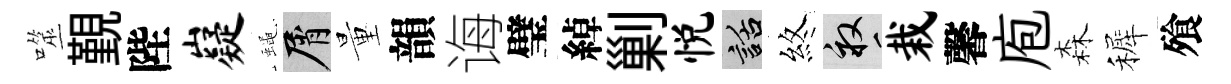
噬覲陛嶷蠅屑量韻诲璧綽剿悦話煞畝栽馨庖森裤飱